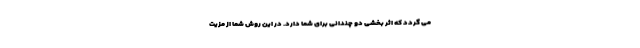
می گردد که اثر بخشی دو چندانی برای شما دارد. در این روش شما از مزیت